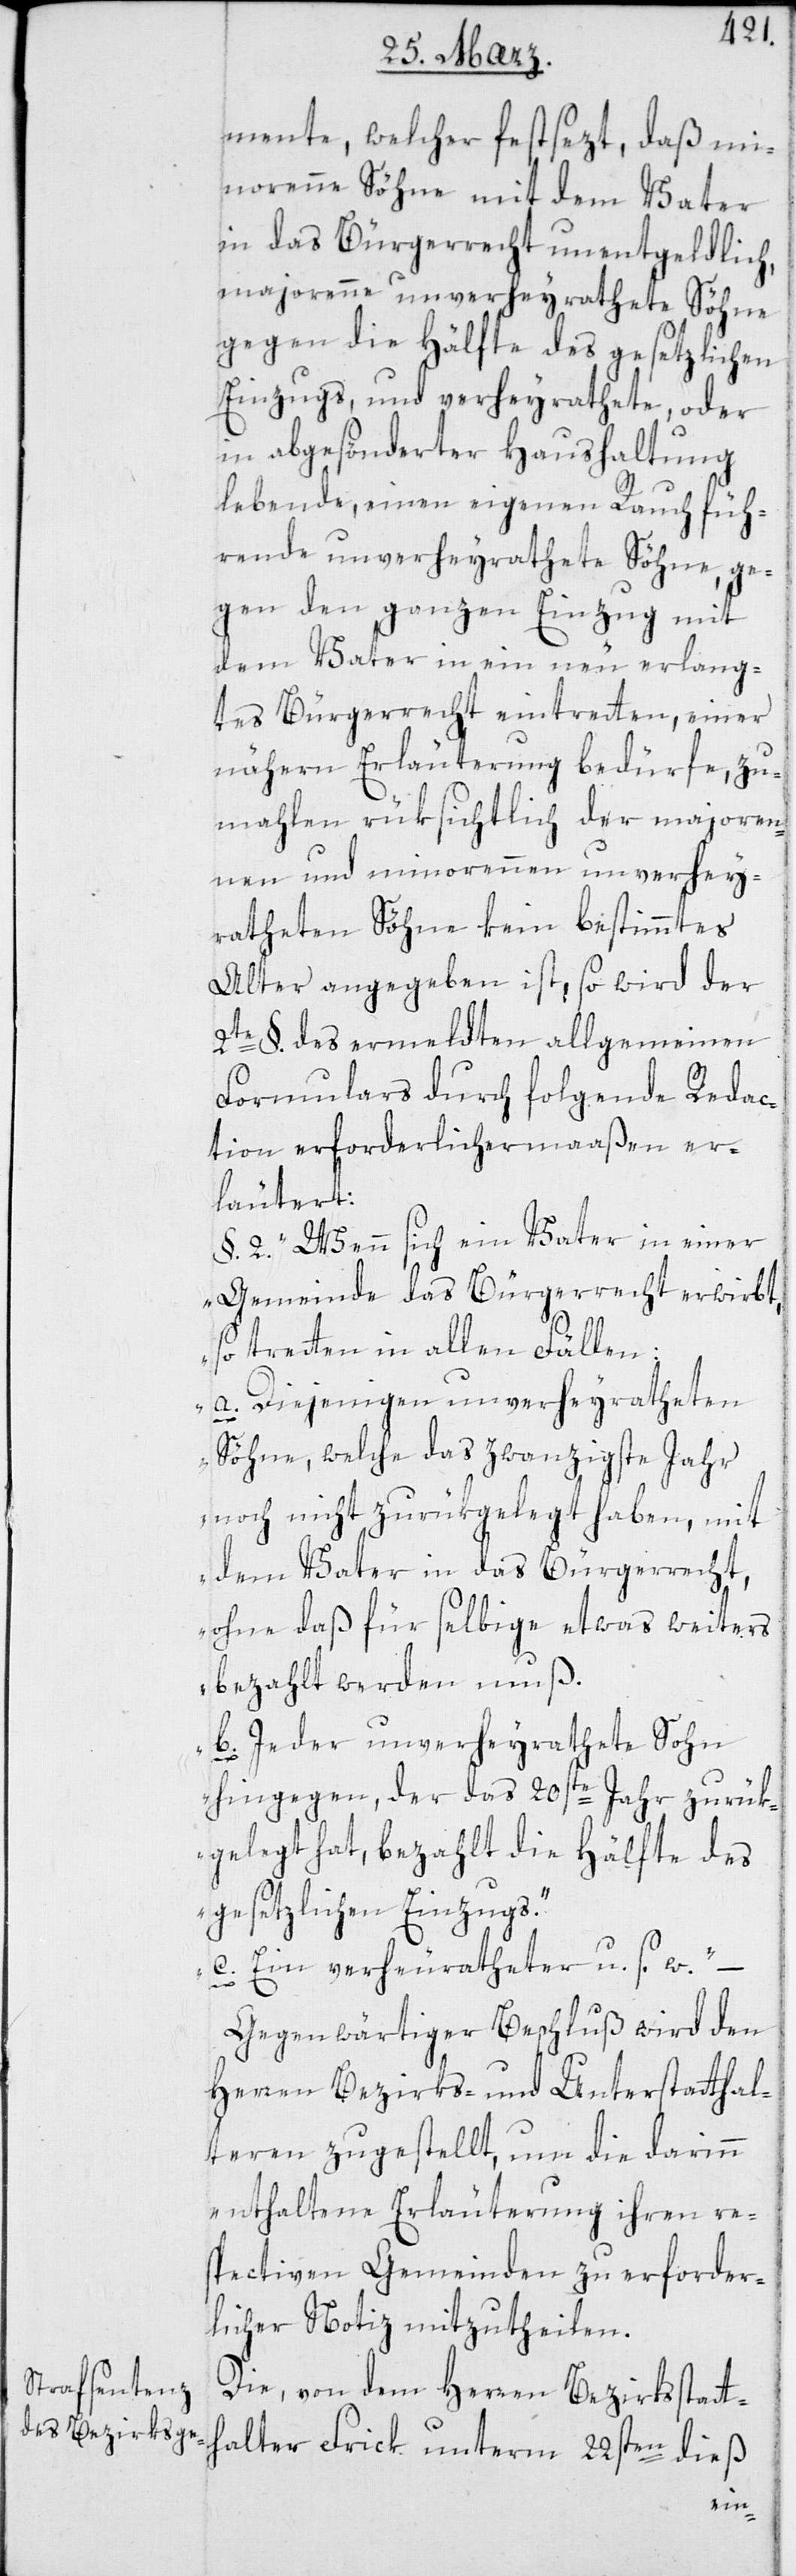
mente, welcher festsezt, daß mi¬
norenne Söhne mit dem Vater
in das Bürgerrecht unentgeldlich,
majorenne unverheyrathete Söhne
gegen die Hälfte des gesetzlichen
Einzugs; und verheyrathete oder
in abgesönderter Haushaltung
lebende, einen eigenen Rauch füh¬
rende unverheyrathete Söhne ge¬
gen den ganzen Einzug mit
dem Vater in ein neu erlang¬
tes Bürgerrecht eintreten, einer
nähern Erläuterung bedürfe, zu¬
mahlen rüksichtlich der majoren¬
nen und minorennen unverhey¬
ratheten Söhne kein bestimmtes
Alter angegeben ist, so wird der
2te §. des ermeldten allgemeinen
Formulars durch folgende Redac¬
tion erforderlichermaaßen er¬
halter
§. 2. „Wenn sich ein Vater in einer
Gemeinde das Bürgerrecht erwirbt,
so treten in allen Fällen:
a. Diejenigen unverheyratheten
Söhne, welche das zwanzigste Jahr
noch nicht zurükgelegt haben, mit
dem Vater in das Bürgerrecht,
ohne daß für selbige etwas weiters
bezahlt werden muß.
b. Jeder unverheyrathete Sohn
hingegen, der das 20ste Jahr zurük¬
gelegt hat, bezahlt die Hälfte des
gesetzlichen Einzugs.
c) Ein verheuratheter u. s. w.“ –
Gegenwärtiger Beschluß wird den
Herren Bezirks- und Unterstatthal¬
teren zugestellt, um die darinn
enthaltene Erläuterung ihren re¬
spectiven Gemeinden zu erforder¬
licher Notiz mitzutheilen.
Die von dem Herren Bezirksstatt¬